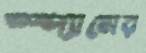
স্প্যামের